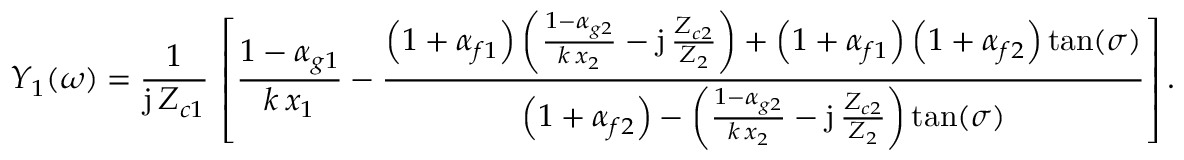
Y _ { 1 } ( \omega ) = \frac { 1 } { \mathrm { j } \, Z _ { c 1 } } \, \left[ \frac { 1 - { \alpha } _ { g 1 } } { k \, x _ { 1 } } - \frac { \left( 1 + { \alpha } _ { f 1 } \right) \left( \frac { 1 - { \alpha } _ { g 2 } } { k \, x _ { 2 } } - \mathrm { j } \, \frac { Z _ { c 2 } } { Z _ { 2 } } \right) + \left( 1 + { \alpha } _ { f 1 } \right) \left( 1 + { \alpha } _ { f 2 } \right) \tan ( \sigma ) } { \left( 1 + { \alpha } _ { f 2 } \right) - \left( \frac { 1 - { \alpha } _ { g 2 } } { k \, x _ { 2 } } - \mathrm { j } \, \frac { Z _ { c 2 } } { Z _ { 2 } } \right) \tan ( \sigma ) } \right] .